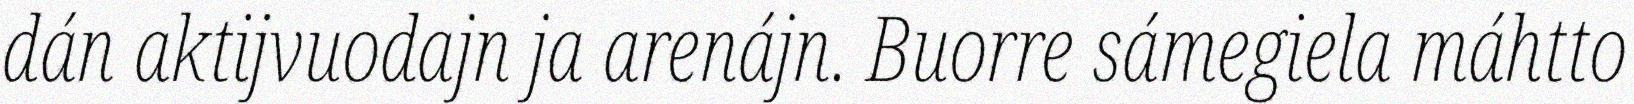
dán aktijvuodajn ja arenájn. Buorre sámegiela máhtto